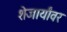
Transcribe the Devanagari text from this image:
शेजार्यांवर